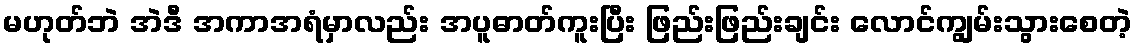
မဟုတ်ဘဲ အဲဒီ အကာအရံမှာလည်း အပူဓာတ်ကူးပြီး ဖြည်းဖြည်းချင်း လောင်ကျွမ်းသွားစေတဲ့